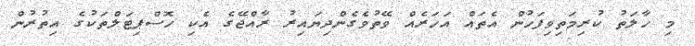
މި ހާލަތު ކުރިމަތިވިފަހުން އެތައް އަހަރެއް ވޭތުވެގެންދިޔައިރު ރާއްޖޭގެ އެކި ހޮސްޕިޓަލްތަކުގެ އިތުރުން